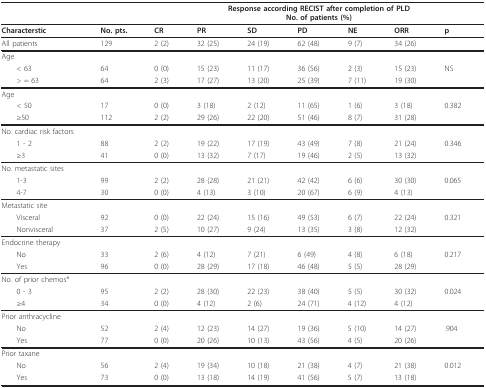
<table><thead><tr><td></td><td></td><td colspan="7"><b>Response according RECIST after completion of PLDNo. of patients (%)</b></td></tr></thead><tbody><tr><td><b>Characterstic</b></td><td><b>No. pts</b>.</td><td><b>CR</b></td><td><b>PR</b></td><td><b>SD</b></td><td><b>PD</b></td><td><b>NE</b></td><td><b>ORR</b></td><td><b>p</b></td></tr><tr><td>All patients</td><td>129</td><td>2 (2)</td><td>32 (25)</td><td>24 (19)</td><td>62 (48)</td><td>9 (7)</td><td>34 (26)</td><td></td></tr><tr><td>Age</td><td></td><td></td><td></td><td></td><td></td><td></td><td></td><td></td></tr><tr><td> &lt; 63</td><td>64</td><td>0 (0)</td><td>15 (23)</td><td>11 (17)</td><td>36 (56)</td><td>2 (3)</td><td>15 (23)</td><td>NS</td></tr><tr><td> &gt; = 63</td><td>64</td><td>2 (3)</td><td>17 (27)</td><td>13 (20)</td><td>25 (39)</td><td>7 (11)</td><td>19 (30)</td><td></td></tr><tr><td>Age</td><td></td><td></td><td></td><td></td><td></td><td></td><td></td><td></td></tr><tr><td> &lt; 50</td><td>17</td><td>0 (0)</td><td>3 (18)</td><td>2 (12)</td><td>11 (65)</td><td>1 (6)</td><td>3 (18)</td><td>0.382</td></tr><tr><td> ≥50</td><td>112</td><td>2 (2)</td><td>29 (26)</td><td>22 (20)</td><td>51 (46)</td><td>8 (7)</td><td>31 (28)</td><td></td></tr><tr><td>No. cardiac risk factors</td><td></td><td></td><td></td><td></td><td></td><td></td><td></td><td></td></tr><tr><td> 1 - 2</td><td>88</td><td>2 (2)</td><td>19 (22)</td><td>17 (19)</td><td>43 (49)</td><td>7 (8)</td><td>21 (24)</td><td>0.346</td></tr><tr><td> ≥3</td><td>41</td><td>0 (0)</td><td>13 (32)</td><td>7 (17)</td><td>19 (46)</td><td>2 (5)</td><td>13 (32)</td><td></td></tr><tr><td>No. metastatic sites</td><td></td><td></td><td></td><td></td><td></td><td></td><td></td><td></td></tr><tr><td> 1-3</td><td>99</td><td>2 (2)</td><td>28 (28)</td><td>21 (21)</td><td>42 (42)</td><td>6 (6)</td><td>30 (30)</td><td>0.065</td></tr><tr><td> 4-7</td><td>30</td><td>0 (0)</td><td>4 (13)</td><td>3 (10)</td><td>20 (67)</td><td>6 (9)</td><td>4 (13)</td><td></td></tr><tr><td>Metastatic site</td><td></td><td></td><td></td><td></td><td></td><td></td><td></td><td></td></tr><tr><td> Visceral</td><td>92</td><td>0 (0)</td><td>22 (24)</td><td>15 (16)</td><td>49 (53)</td><td>6 (7)</td><td>22 (24)</td><td>0.321</td></tr><tr><td> Nonvisceral</td><td>37</td><td>2 (5)</td><td>10 (27)</td><td>9 (24)</td><td>13 (35)</td><td>3 (8)</td><td>12 (32)</td><td></td></tr><tr><td>Endocrine therapy</td><td></td><td></td><td></td><td></td><td></td><td></td><td></td><td></td></tr><tr><td> No</td><td>33</td><td>2 (6)</td><td>4 (12)</td><td>7 (21)</td><td>6 (49)</td><td>4 (8)</td><td>6 (18)</td><td>0.217</td></tr><tr><td> Yes</td><td>96</td><td>0 (0)</td><td>28 (29)</td><td>17 (18)</td><td>46 (48)</td><td>5 (5)</td><td>28 (29)</td><td></td></tr><tr><td>No. of prior chemos*</td><td></td><td></td><td></td><td></td><td></td><td></td><td></td><td></td></tr><tr><td> 0 - 3</td><td>95</td><td>2 (2)</td><td>28 (30)</td><td>22 (23)</td><td>38 (40)</td><td>5 (5)</td><td>30 (32)</td><td>0.024</td></tr><tr><td> ≥4</td><td>34</td><td>0 (0)</td><td>4 (12)</td><td>2 (6)</td><td>24 (71)</td><td>4 (12)</td><td>4 (12)</td><td></td></tr><tr><td>Prior anthracycline</td><td></td><td></td><td></td><td></td><td></td><td></td><td></td><td></td></tr><tr><td> No</td><td>52</td><td>2 (4)</td><td>12 (23)</td><td>14 (27)</td><td>19 (36)</td><td>5 (10)</td><td>14 (27)</td><td>.904</td></tr><tr><td> Yes</td><td>77</td><td>0 (0)</td><td>20 (26)</td><td>10 (13)</td><td>43 (56)</td><td>4 (5)</td><td>20 (26)</td><td></td></tr><tr><td>Prior taxane</td><td></td><td></td><td></td><td></td><td></td><td></td><td></td><td></td></tr><tr><td> No</td><td>56</td><td>2 (4)</td><td>19 (34)</td><td>10 (18)</td><td>21 (38)</td><td>4 (7)</td><td>21 (38)</td><td>0.012</td></tr><tr><td> Yes</td><td>73</td><td>0 (0)</td><td>13 (18)</td><td>14 (19)</td><td>41 (56)</td><td>5 (7)</td><td>13 (18)</td><td></td></tr></tbody></table>